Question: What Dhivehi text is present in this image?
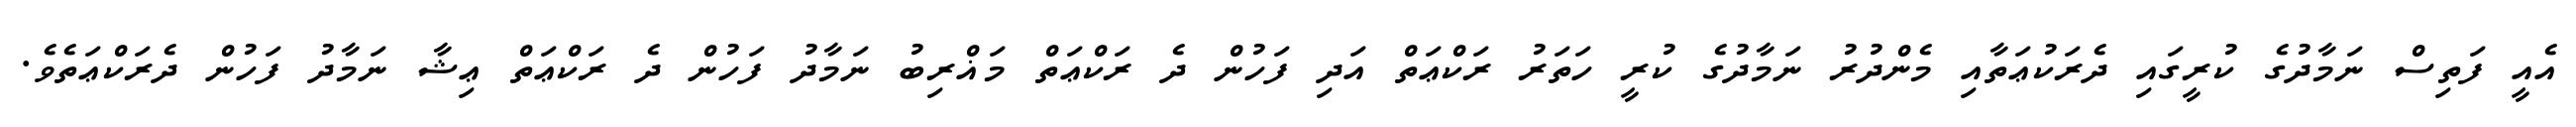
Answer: އެއީ ފަތިސް ނަމާދުގެ ކުރީގައި ދެރަކުޢަތާއި މެންދުރު ނަމާދުގެ ކުރީ ހަތަރު ރަކްޢަތް އަދި ފަހުން ދެ ރަކްޢަތް މަޣްރިބު ނަމާދު ފަހުން ދެ ރަކްޢަތް ޢިޝާ ނަމާދު ފަހުން ދެރަކްޢަތެވެ.